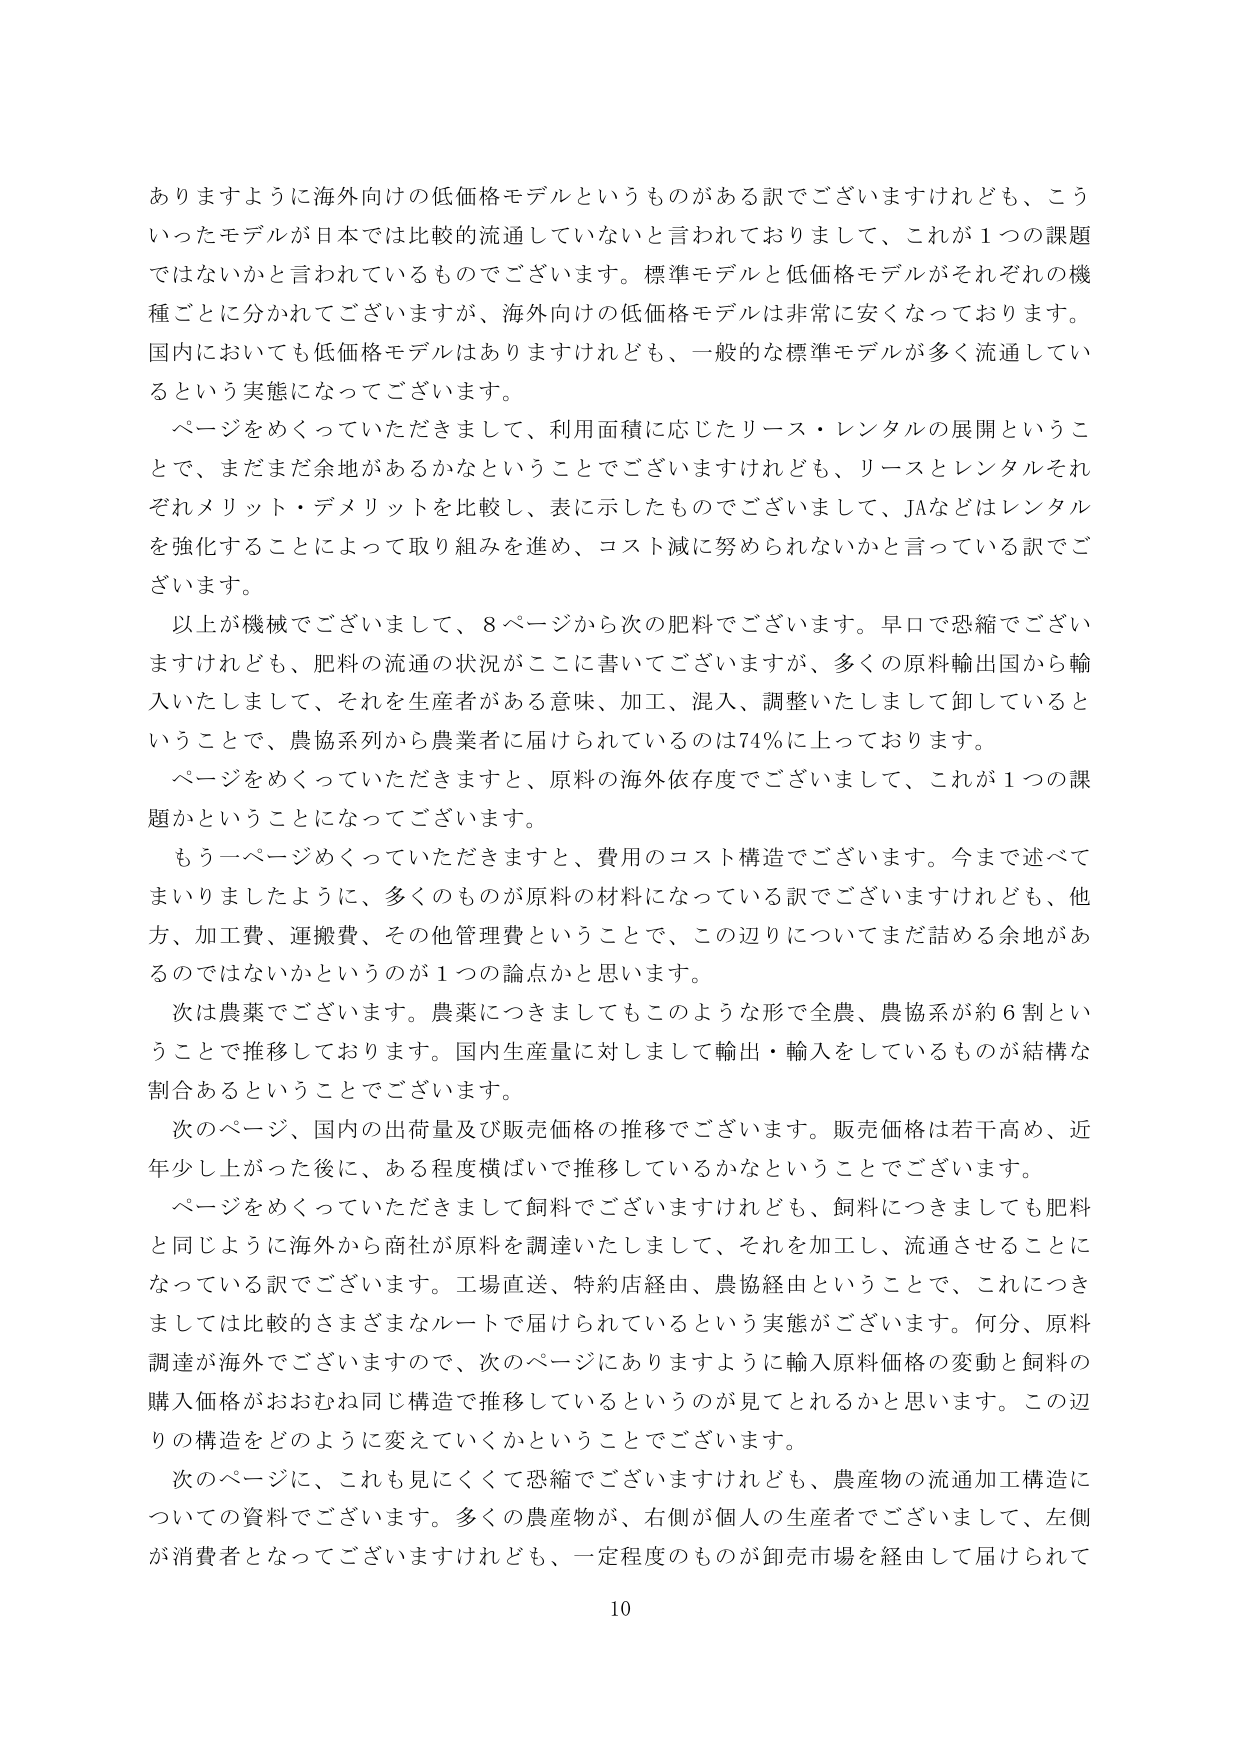
ありますように海外向けの低価格モデルというものがある訳でございますけれども、こういったモデルが日本では比較的流通していないと言われておりまして、これが１つの課題ではないかと言われているものでございます。標準モデルと低価格モデルがそれぞれの機種ごとに分かれてございますが、海外向けの低価格モデルは非常に安くなっております。国内においても低価格モデルはありますけれども、一般的な標準モデルが多く流通しているという実態になってございます。

ページをめくっていただきまして、利用面積に応じたリース・レンタルの展開ということで、まだまだ余地があるかなということでございますけれども、リースとレンタルそれぞれメリット・デメリットを比較し、表に示したものでございまして、JAなどはレンタルを強化することによって取り組みを進め、コスト減に努められないかと言っている訳でございます。

以上が機械でございまして、８ページから次の肥料でございます。早口で恐縮でございますけれども、肥料の流通の状況がここに書いてございますが、多くの原料輸出国から輸入いたしまして、それを生産者がある意味、加工、混入、調整いたしまして卸しているということで、農協系列から農業者に届けられているのは74％に上っております。

ページをめくっていただきますと、原料の海外依存度でございまして、これが１つの課題かということになってございます。

もう一ページめくっていただきますと、費用のコスト構造でございます。今まで述べてまいりましたように、多くのものが原料の材料になっている訳でございますけれども、他方、加工費、運搬費、その他管理費ということで、この辺りについてまだ話める余地があるのではないかというのが１つの論点かと思います。

次は農薬でございます。農薬につきましてもこのような形で全農、農協系が約６割ということで推移しております。国内生産量に対しまして輸出・輸入をしているものが結構な割合あるということでございます。

次のページ、国内の出荷量及び販売価格の推移でございます。販売価格は若干高め、近年少しあがった後に、ある程度横ばいで推移しているかなということでございます。

ページをめくっていただきまして飼料でございますけれども、飼料につきましても肥料と同じように海外から商社が原料を調達いたしまして、それを加工し、流通させることになっている訳でございます。工場直送、特約店経由、農協経由ということで、これにつきましては比較的さまざまなルートで届けられているという実態がございます。何分、原料調達が海外でございますので、次のページにありますように輸入原料価格の変動と飼料の購入価格がおおむね同じ構造で推移しているというのが見てとれるかと思います。この辺りの構造をどのように変えていくかということでございます。

次のページに、これも見にくくて恐縮でございますけれども、農産物の流通加工構造についての資料でございます。多くの農産物が、右側が個人の生産者でございまして、左側が消費者となってございますけれども、一定程度のものが卸売市場を経由して届けられて

10